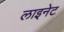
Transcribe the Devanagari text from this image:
लाइनेट